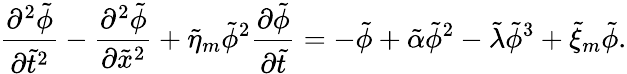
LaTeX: \frac{\partial^{2}\tilde{\phi}}{\partial\tilde{t}^{2}}-\frac{\partial^{2}\tilde{\phi}}{\partial\tilde{x}^{2}}+\tilde{\eta}_{m}\tilde{\phi}^{2}\frac{\partial\tilde{\phi}}{\partial\tilde{t}}=-\tilde{\phi}+\tilde{\alpha}\tilde{\phi}^{2}-\tilde{\lambda}\tilde{\phi}^{3}+\tilde{\xi}_{m}\tilde{\phi}.